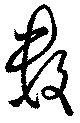
數